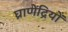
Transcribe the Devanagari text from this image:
घ्राणेंद्रियों